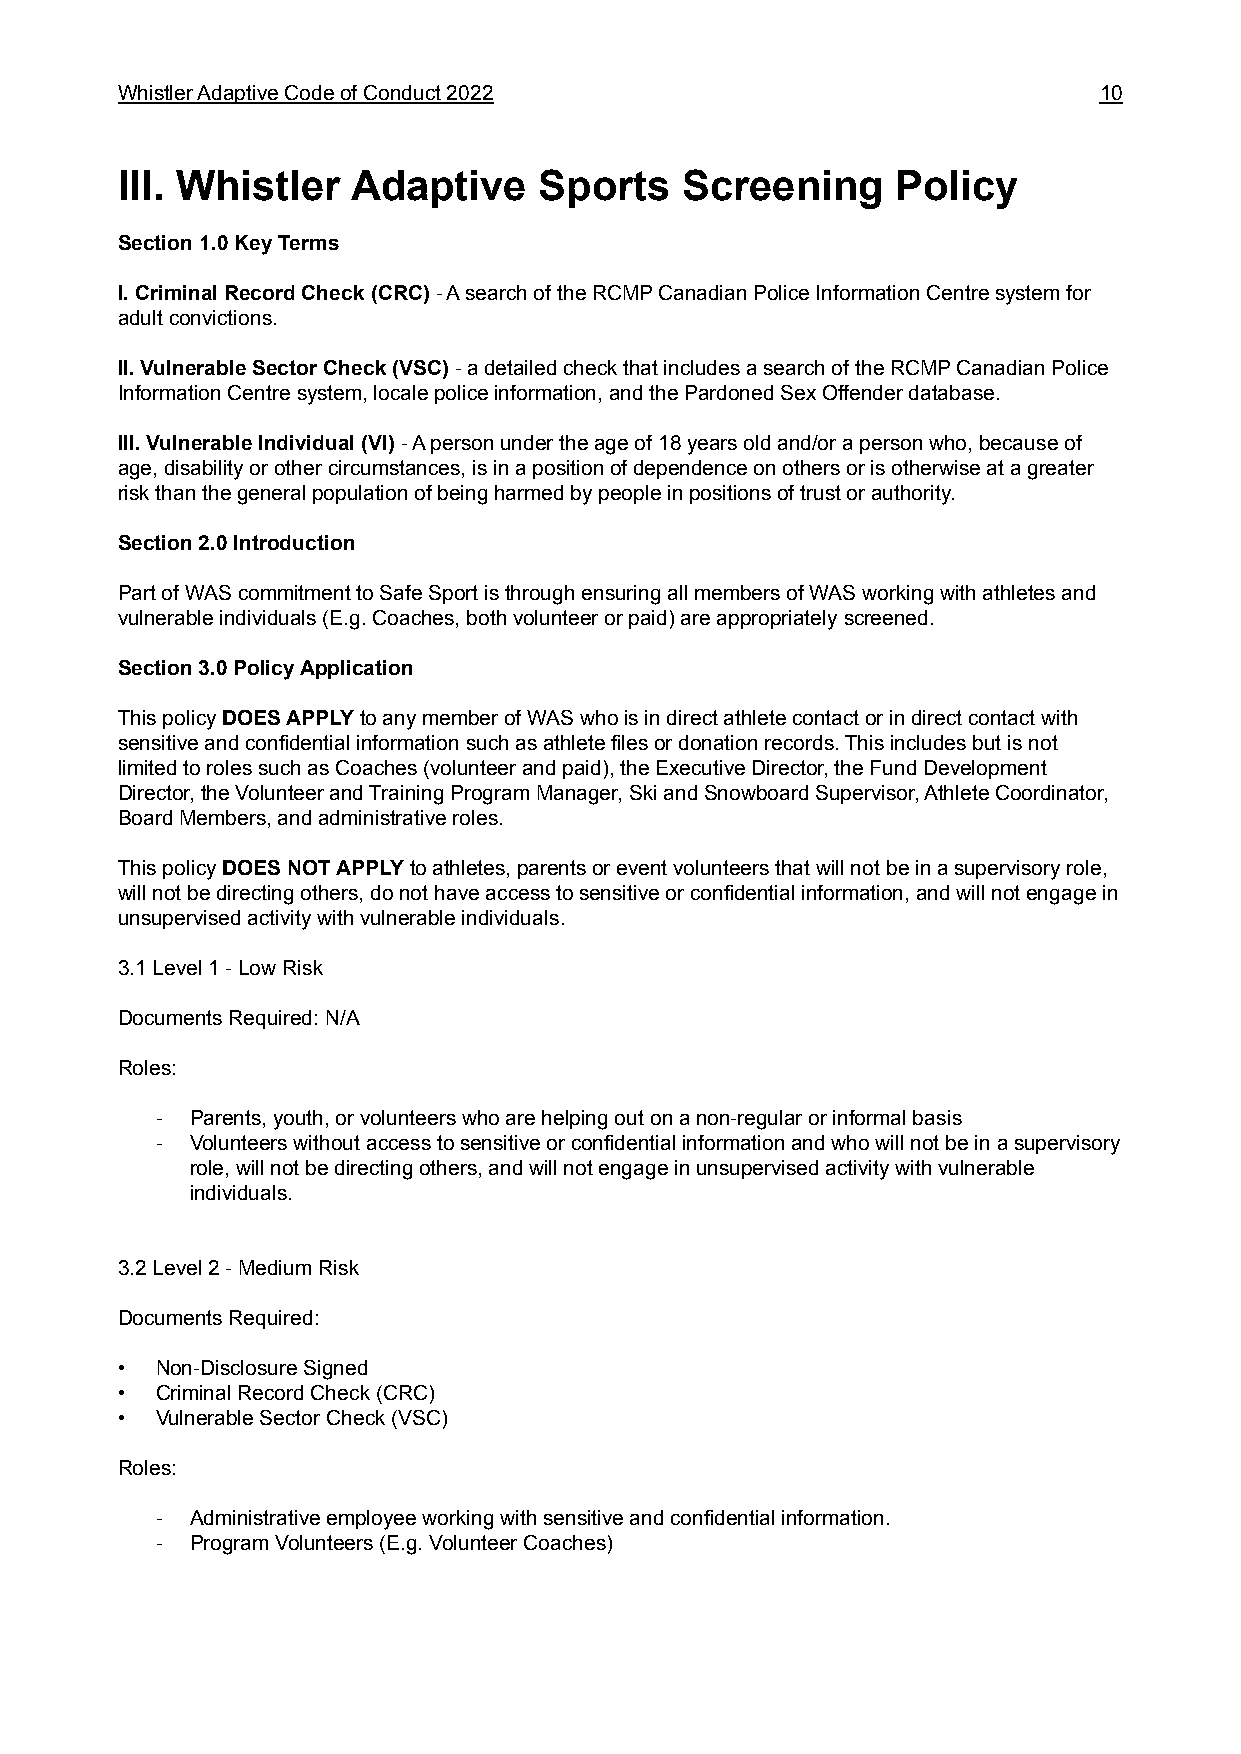
WhistlerAdaptiveCodeofConduct2022                                10
 III. Whistler  Adaptive     Sports   Screening     Policy
 Section1.0KeyTerms
 I.CriminalRecordCheck(CRC)-AsearchoftheRCMPCanadianPoliceInformationCentresystemfor
 adultconvictions.
 II.VulnerableSectorCheck(VSC)-adetailedcheckthatincludesasearchoftheRCMPCanadianPolice
 InformationCentresystem,localepoliceinformation,andthePardonedSexOffenderdatabase.
 III.VulnerableIndividual(VI)-Apersonundertheageof18yearsoldand/orapersonwho,becauseof
 age,disabilityorothercircumstances,isinapositionofdependenceonothersorisotherwiseatagreater
 riskthanthegeneralpopulationofbeingharmedbypeopleinpositionsoftrustorauthority.
 Section2.0Introduction
 PartofWAScommitmenttoSafeSportisthroughensuringallmembersofWASworkingwithathletesand
 vulnerableindividuals(E.g.Coaches,bothvolunteerorpaid)areappropriatelyscreened.
 Section3.0PolicyApplication
 ThispolicyDOESAPPLYtoanymemberofWASwhoisindirectathletecontactorindirectcontactwith
 sensitiveandconfidentialinformationsuchasathletefilesordonationrecords.Thisincludesbutisnot
 limitedtorolessuchasCoaches(volunteerandpaid),theExecutiveDirector,theFundDevelopment
 Director,theVolunteerandTrainingProgramManager,SkiandSnowboardSupervisor,AthleteCoordinator,
 BoardMembers,andadministrativeroles.
 ThispolicyDOESNOTAPPLYtoathletes,parentsoreventvolunteersthatwillnotbeinasupervisoryrole,
 willnotbedirectingothers,donothaveaccesstosensitiveorconfidentialinformation,andwillnotengagein
 unsupervisedactivitywithvulnerableindividuals.
 3.1Level1-LowRisk
 DocumentsRequired:N/A
 Roles:
 -  Parents,youth,orvolunteerswhoarehelpingoutonanon-regularorinformalbasis
 -  Volunteerswithoutaccesstosensitiveorconfidentialinformationandwhowillnotbeinasupervisory
 role,willnotbedirectingothers,andwillnotengageinunsupervisedactivitywithvulnerable
 individuals.
 3.2Level2-MediumRisk
 DocumentsRequired:
 • Non-DisclosureSigned
 • CriminalRecordCheck(CRC)
 • VulnerableSectorCheck(VSC)
 Roles:
 -  Administrativeemployeeworkingwithsensitiveandconfidentialinformation.
 -  ProgramVolunteers(E.g.VolunteerCoaches)